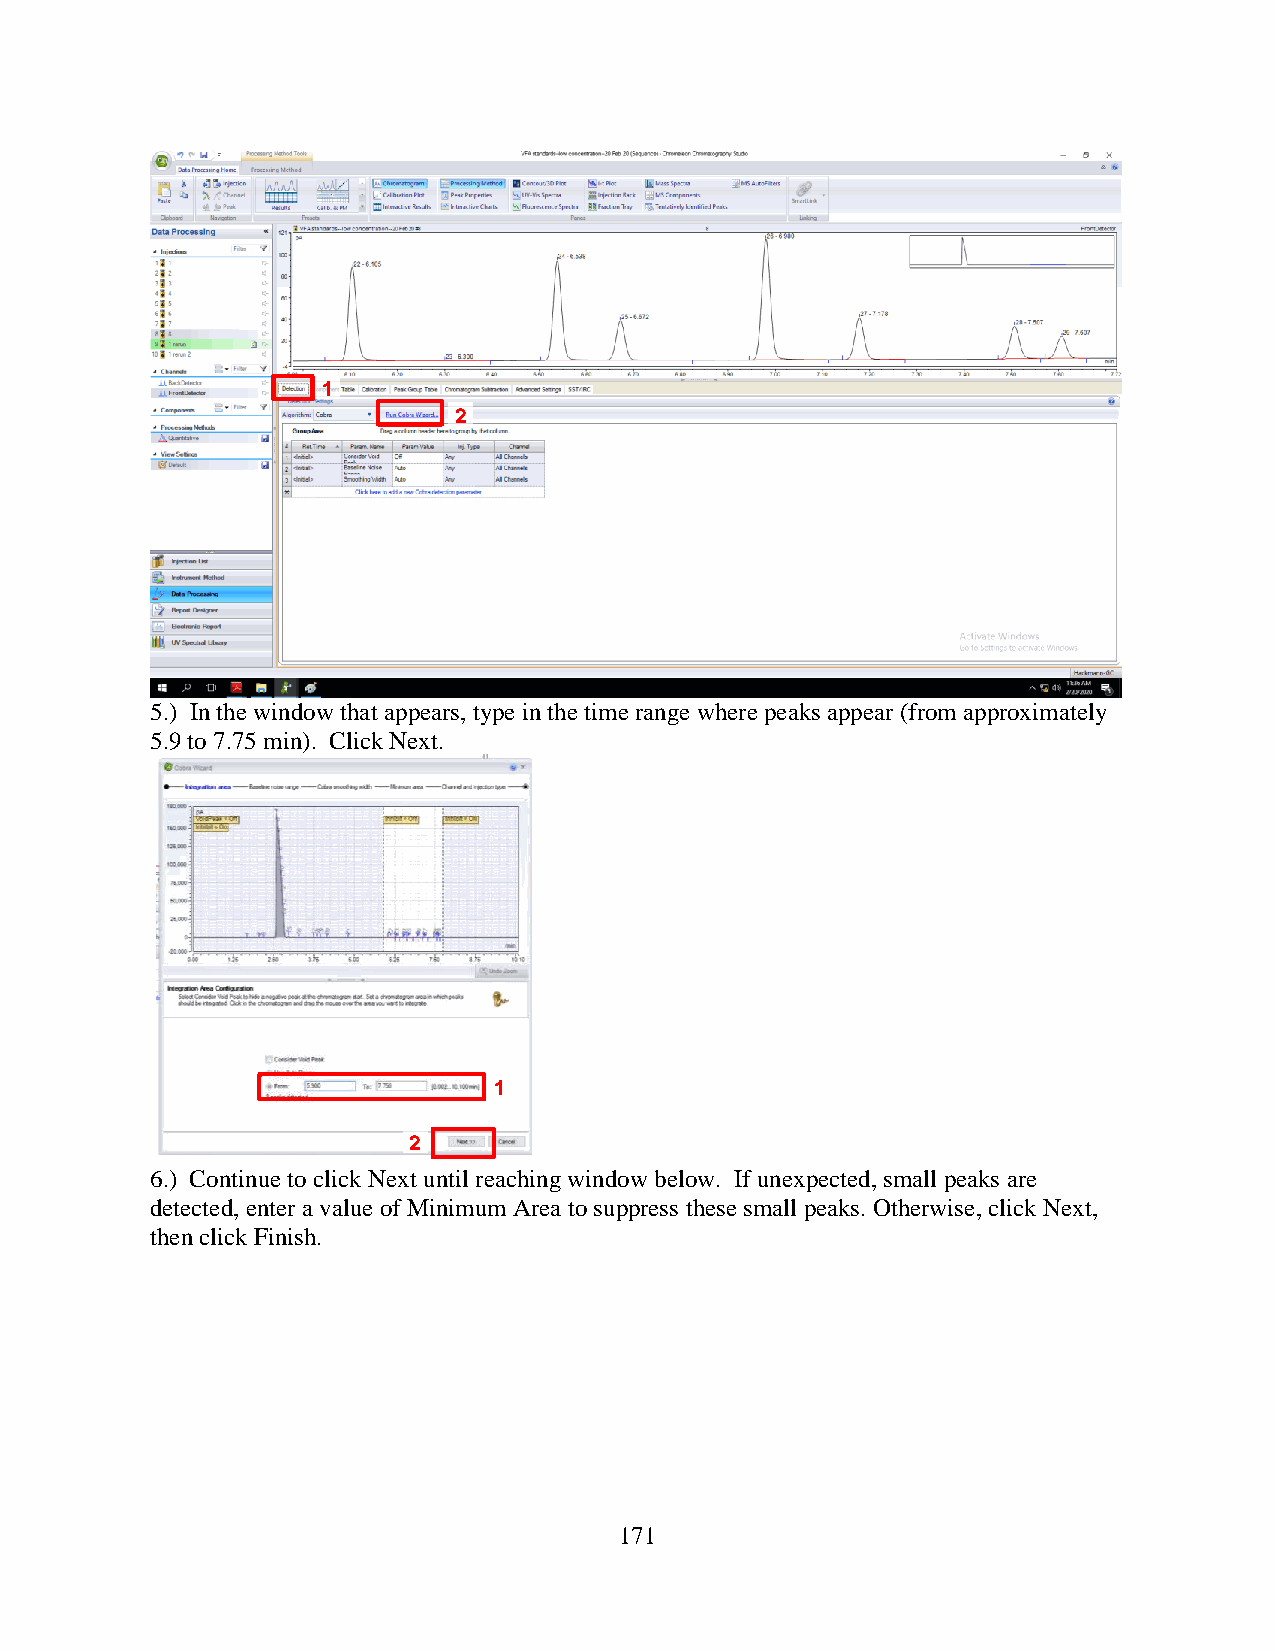
1
 2
 5.) In the window that appears, type in the time range where peaks appear (from approximately
 5.9 to 7.75 min). Click Next.
 1
 2
 6.) Continue to click Next until reaching window below. If unexpected, small peaks are
 detected, enter a value of Minimum Area to suppress these small peaks. Otherwise, click Next,
 then click Finish.
 171